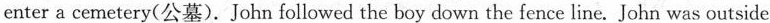
enter a cemetery(公墓).John followed the boy down the fence line. John was outside